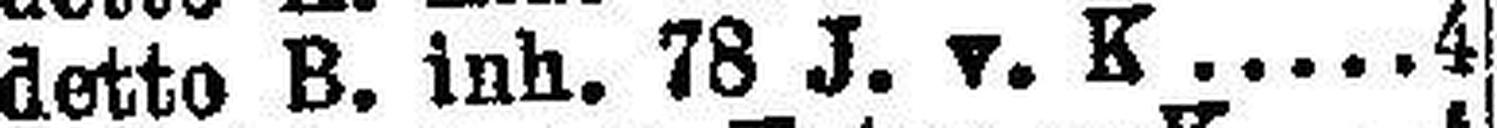
detto B. inh. 78 J. v. K. 4